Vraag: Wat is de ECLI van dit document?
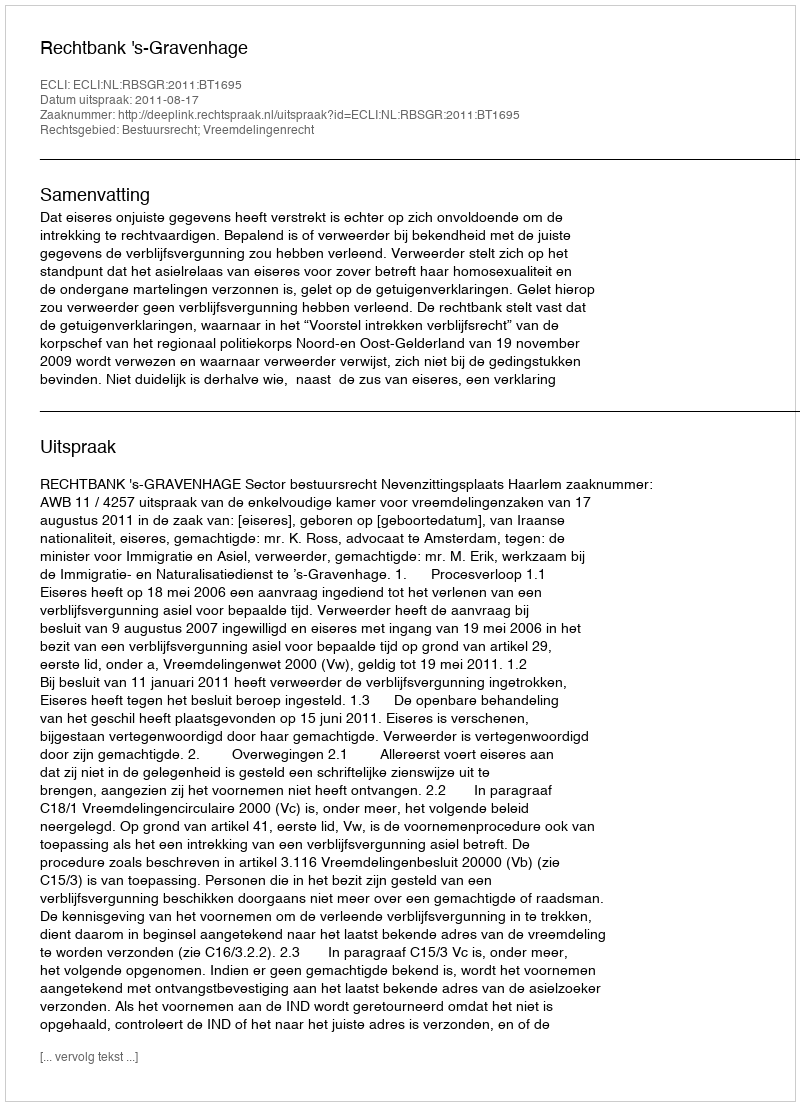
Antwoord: ECLI:NL:RBSGR:2011:BT1695